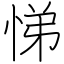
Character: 悌